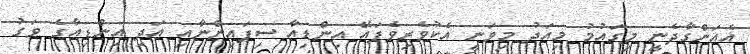
އެއަންގާދެނީ މިގައުމު މިއަދު މިވަނީ އެކުވެރިވެފައޭ އިންޑިއާ ސިފައިންނާއި އަދި އިންޑިއާގެ ވަގު